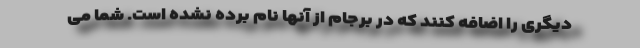
دیگری را اضافه کنند که در برجام از آنها نام برده نشده است. شما می